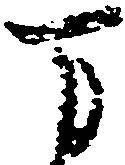
万